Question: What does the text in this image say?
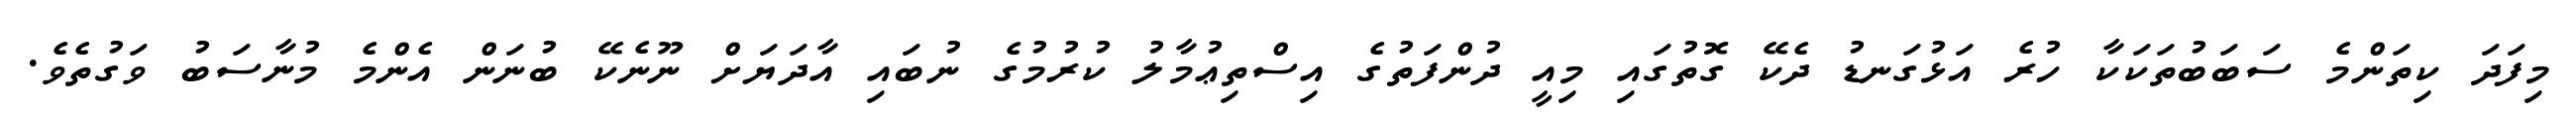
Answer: މިފަދަ ކިތަންމެ ސަބަބުތަކަކާ ހުރެ އަޅުގަނޑު ދެކޭ ގޮތުގައި މިއީ ދުންފަތުގެ އިސްތިޢުމާލު ކުރުމުގެ ނުބައި އާދަޔަށް ނޫނެކޭ ބުނަން އެންމެ މުނާސަބު ވަގުތެވެ.